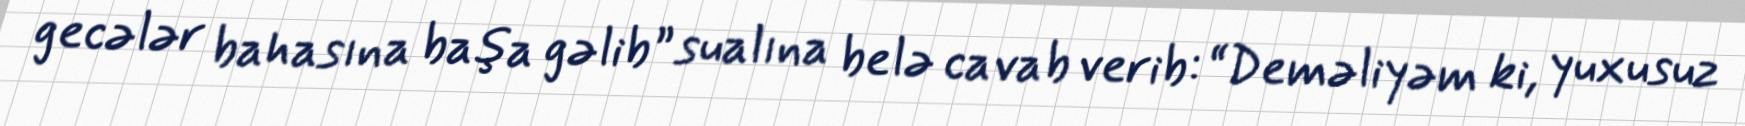
gecələr bahasına başa gəlib” sualına belə cavab verib: “Deməliyəm ki, yuxusuz